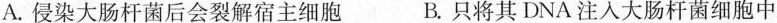
A.侵染大肠杆菌后会裂解宿主细胞 B.只将其DNA注入大肠杆菌细胞中